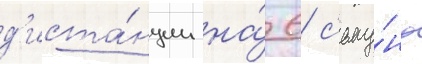
д'иста́нции на́ 6 с'еку́нд